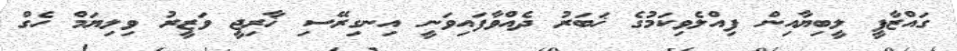
ގައްޒާފީ ލީބިޔާއިން ފިއްލެވިކަމުގެ ޚަބަރު ދެއްވާފައިވަނީ އިނގިރޭސި ޚާރިޖީ ވަޒީރު ވިލިޔަމް ހެގް